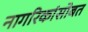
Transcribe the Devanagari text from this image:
नागरिकांसोबत